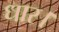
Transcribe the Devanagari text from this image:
धार।